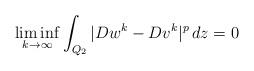
LaTeX: \begin{align*}\liminf_{k\to \infty}\int_{Q_2} |D w^k-D v^k|^p\, dz=0\end{align*}